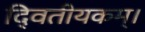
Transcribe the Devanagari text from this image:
दि्वतीयकम्।